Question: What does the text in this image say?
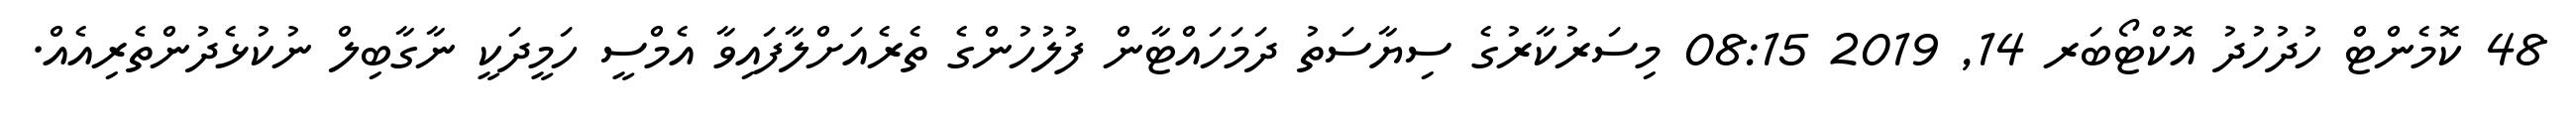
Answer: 48 ކޮމެންޓް ހުދުހުދު އޮކްޓޯބަރ 14, 2019 08:15 މިސަރުކާރުގެ ސިޔާސަތު ދަމަހައްޓާން ފުލުހުންގެ ތެރެއަށްލާފައިވާ އެމްސީ ހަމީދަކީ ނާގާބިލް ނުކުޅެދުންތެރިއެއް.